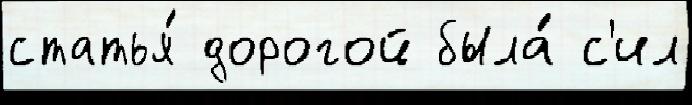
статья́ дорогой была́ с'ил